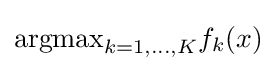
{\textstyle {\text{argmax}}_{k=1,...,K}f_{k}(x)}